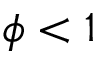
\phi < 1